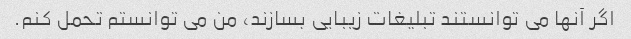
اگر آنها می توانستند تبلیغات زیبایی بسازند، من می توانستم تحمل کنم.